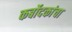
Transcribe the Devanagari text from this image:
कर्बोदकांचा